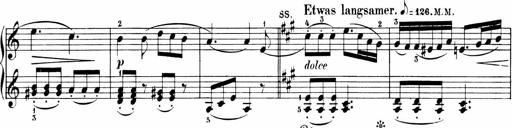
Title: 6 Sonatinas
Composer: Carl Reinecke